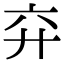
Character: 𢌸